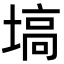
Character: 塙